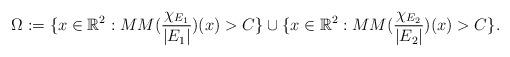
LaTeX: \begin{align*} \Omega:=\{x\in\mathbb{R}^{2}:MM(\frac{\chi_{E_{1}}}{|E_{1}|})(x)>C\} \cup\{x\in\mathbb{R}^{2}:MM(\frac{\chi_{E_{2}}}{|E_{2}|})(x)>C\}.\end{align*}